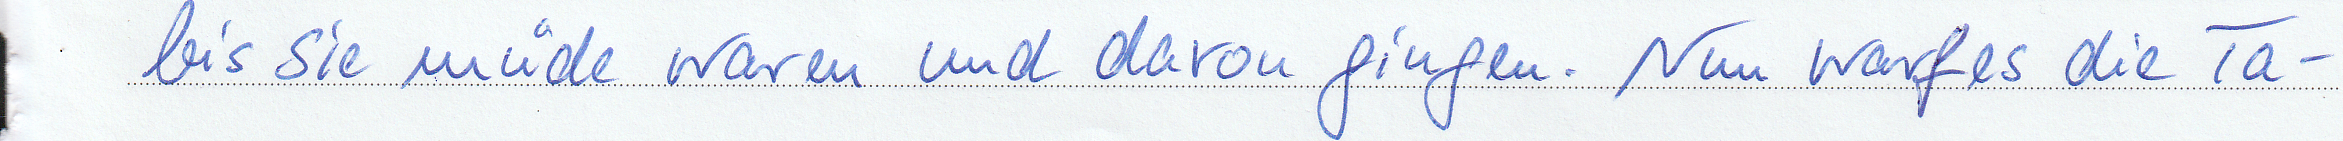
bis sie müde waren und davon gingen. Nun warf es die Ta-